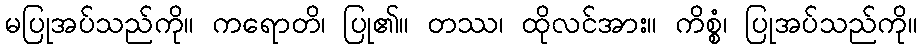
မပြုအပ်သည်ကို။ ကရောတိ၊ ပြု၏။ တဿ၊ ထိုလင်အား။ ကိစ္စံ၊ ပြုအပ်သည်ကို။